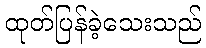
ထုတ်ပြန်ခဲ့သေးသည်